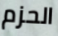
الحزم